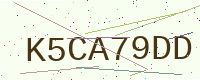
Text: K5CA79DD